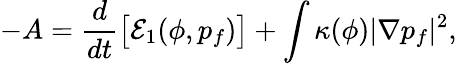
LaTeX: -A=\frac{d}{dt}\big[\mathcal E_{1}(\phi,p_{f})\big]+\int\kappa(\phi)|\nabla p_{f}|^{2},